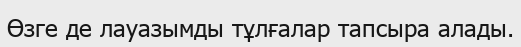
Өзге де лауазымды тұлғалар тапсыра алады.